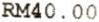
RM40.00